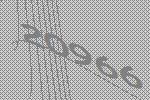
20966